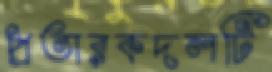
প্রতারকদলটি